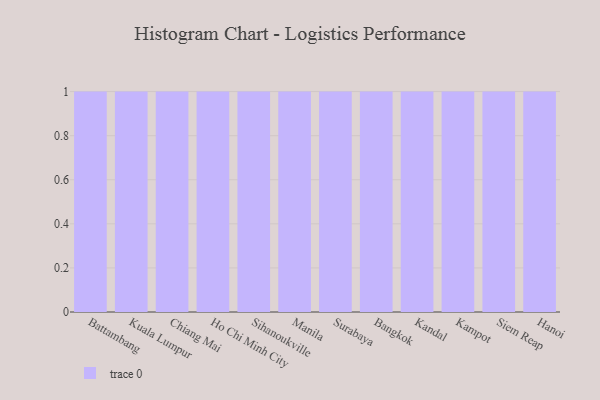
{"axis": {"x": "City", "y": "Satisfaction Score"}, "legend": [""], "data": [{"x": "Battambang", "y": 31, "type": ""}, {"x": "Kuala Lumpur", "y": 90, "type": ""}, {"x": "Chiang Mai", "y": 62, "type": ""}, {"x": "Ho Chi Minh City", "y": 100, "type": ""}, {"x": "Sihanoukville", "y": 79, "type": ""}, {"x": "Manila", "y": 45, "type": ""}, {"x": "Surabaya", "y": 42, "type": ""}, {"x": "Bangkok", "y": 12, "type": ""}, {"x": "Kandal", "y": 30, "type": ""}, {"x": "Kampot", "y": 97, "type": ""}, {"x": "Siem Reap", "y": 84, "type": ""}, {"x": "Hanoi", "y": 14, "type": ""}]}